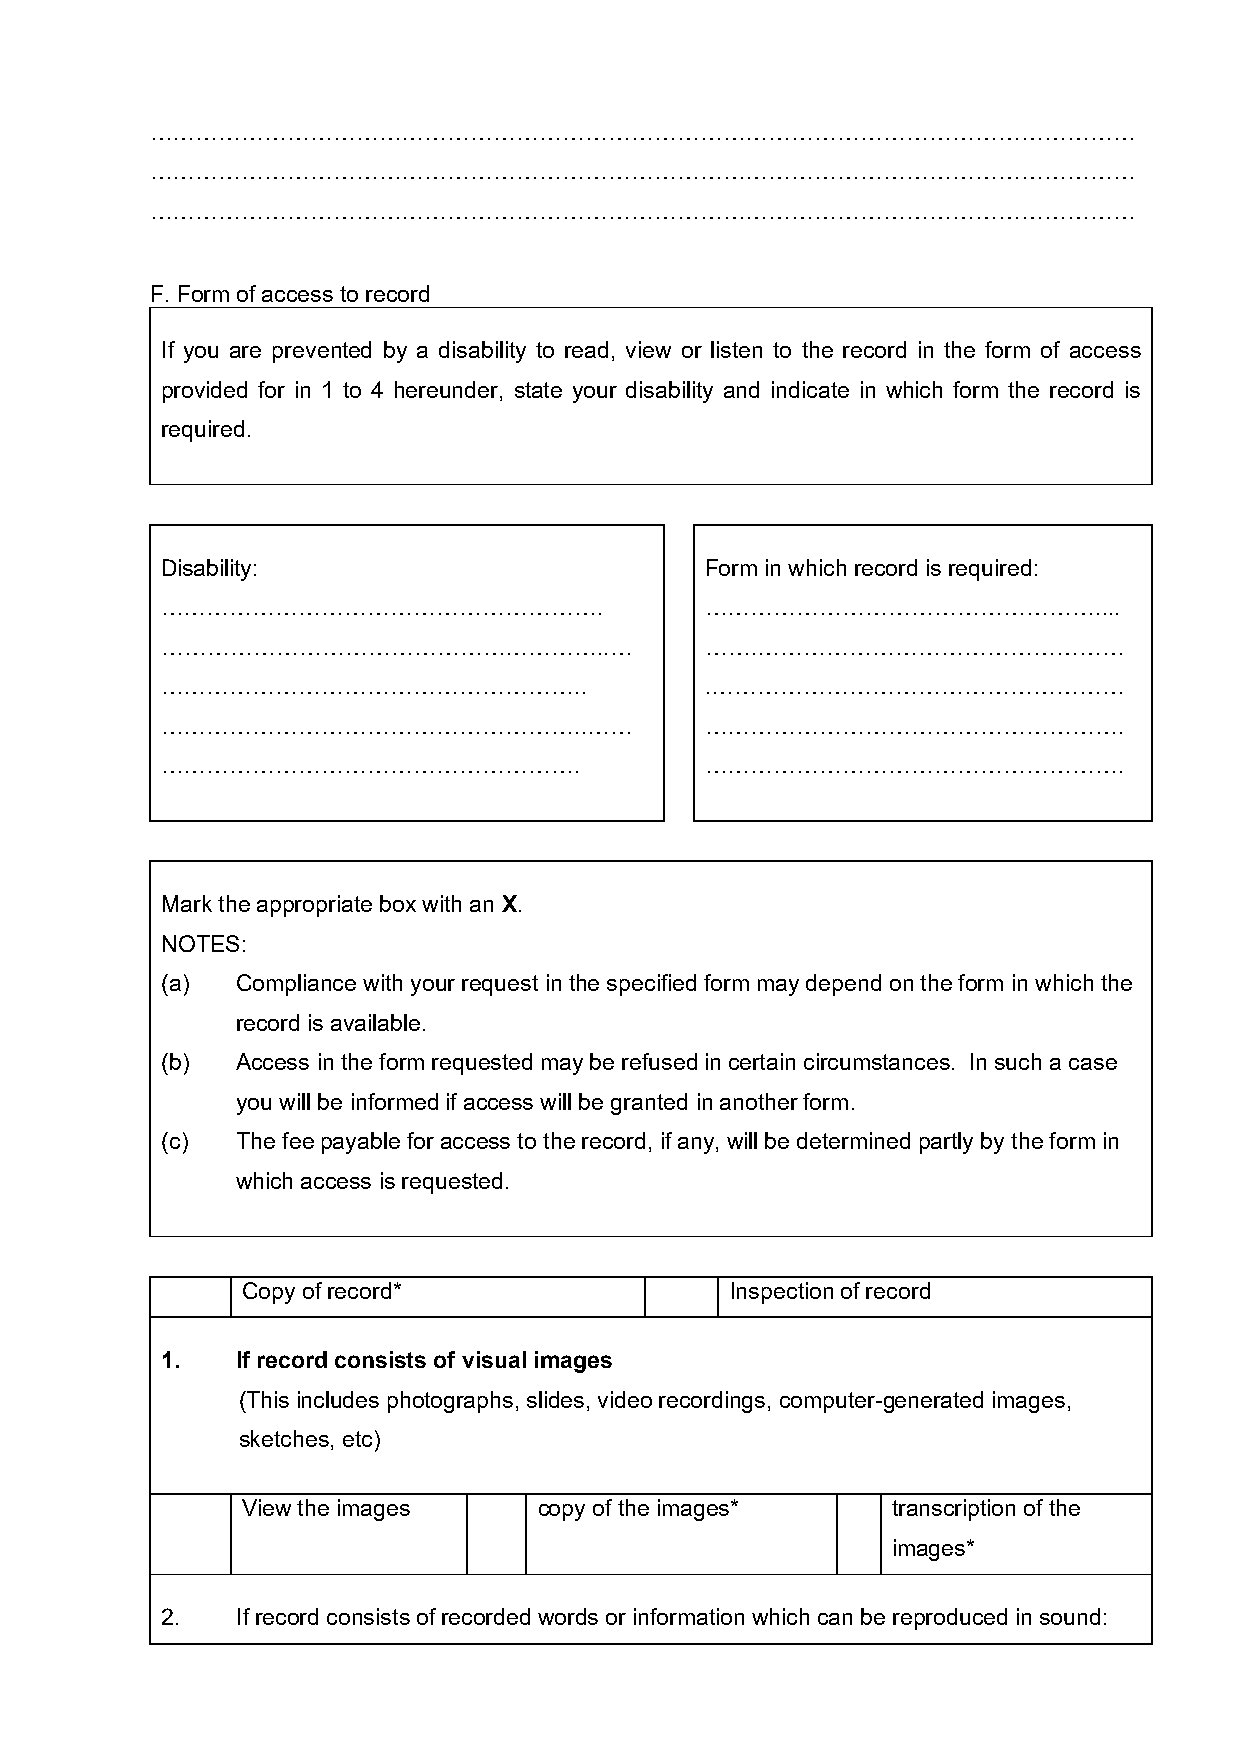
…………………………………………………………………………………………………………………
 …………………………………………………………………………………………………………………
 …………………………………………………………………………………………………………………
 F. Form of access to record
 If you are prevented by a disability to read, view or listen to the record in the form of access
 provided for in 1 to 4 hereunder, state your disability and indicate in which form the record is
 required.
 Disability:                         Form in which record is required:
 ………………………………………………….                ……………………………………………....
 …………………………………………………..…              …….…………………………………………
 ………………………………………………..                .………………………………………………
 ………………………………………………..……              ……………………………………………….
 ……………………………………………….                 ……………………………………………….
 Mark the appropriate box with an X.
 NOTES:
 (a)  Compliance with your request in the specified form may depend on the form in which the
 record is available.
 (b)  Access in the form requested may be refused in certain circumstances. In such a case
 you will be informed if access will be granted in another form.
 (c)  The fee payable for access to the record, if any, will be determined partly by the form in
 which access is requested.
 Copy of record*                 Inspection of record
 1.   If record consists of visual images
 (This includes photographs, slides, video recordings, computer-generated images,
 sketches, etc)
 View the images     copy of the images*    transcription of the
 images*
 2.   If record consists of recorded words or information which can be reproduced in sound: